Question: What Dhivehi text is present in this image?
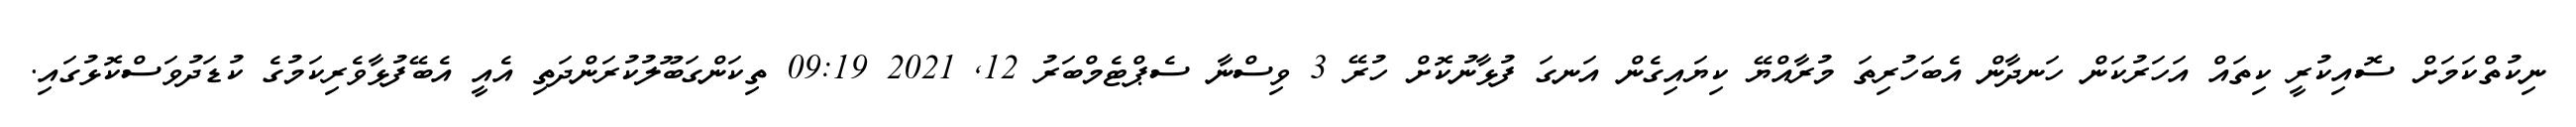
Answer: ނިކުތްކަމަށް ސޮއިކުރީ ކިތައް އަހަރުކަން ހަނދާން އެބަހުރިތަ މުރާއްޔޭ ކިޔައިގެން އަނގަ ފުޅާނުކޮށް ހުރޭ 3 ވިސްނާ ސެޕްޓެމްބަރު 12, 2021 09:19 ތިކަންގަބޫލުކުރަންދަތި އެއީ އެބޭފުޅާވެރިކަމުގެ ކުޑަދުވަސްކޮޅުގައި.